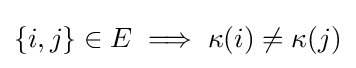
\{i,j\}\in E\implies \kappa (i)\neq \kappa (j)